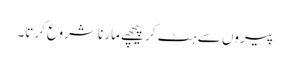
پیروں سے ہٹ کر پیچھے مارنا شروع کرتا۔